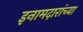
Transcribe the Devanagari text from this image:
इनामदारांच्या